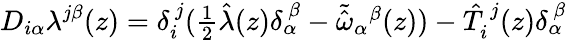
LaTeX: D_{i\alpha}\lambda^{j\beta}(z)=\delta_{i}^{~j}(\textstyle{\frac{1}{2}}\hat{\lambda}(z)\delta_{\alpha}^{~\beta}-\tilde{\hat{\omega}}_{\alpha}{}^{\beta}(z))-\hat{T}_{i}^{~j}(z)\delta_{\alpha}^{~\beta}